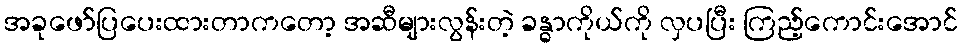
အခုဖော်ပြပေးထားတာကတော့ အဆီများလွန်းတဲ့ ခန္ဓာကိုယ်ကို လှပပြီး ကြည့်ကောင်းအောင်